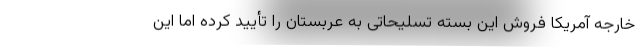
خارجه آمریکا فروش این بسته تسلیحاتی به عربستان را تأیید کرده اما این